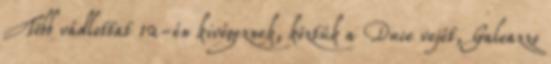
Több vádlottat 12-én kivégeznek, köztük a Duce vejét, Galeazzo